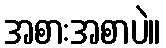
အစားအစာပဲ။